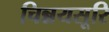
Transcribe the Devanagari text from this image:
चिन्नयसूरि